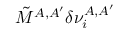
\tilde { M } ^ { A , A ^ { \prime } } \delta \nu _ { i } ^ { A , A ^ { \prime } }